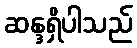
ဆန္ဒရှိပါသည်